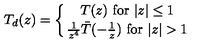
T _ { d } ( z ) = \left\{ { T ( z ) \ \mathrm { f o r } \ \vert z \vert \leq 1 } \atop { { \frac { 1 } { z ^ { 4 } } } \bar { T } ( - { \frac { 1 } { z } } ) \ \mathrm { f o r } \ \vert z \vert > 1 } \right. \